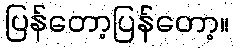
ပြန်တော့ပြန်တော့။